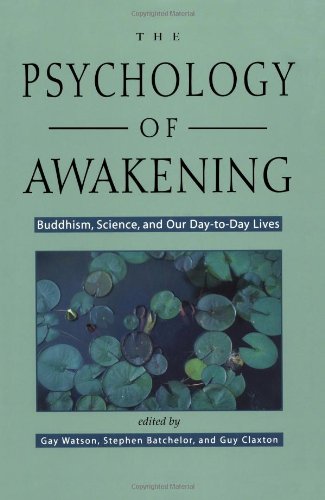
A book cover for The Psychology of Awakening: Buddhism, Science, and Our Day-to-Day Lives; Gay Watson; Religion & Spirituality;